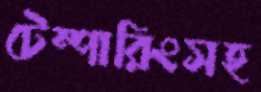
টেম্পারিংসহ